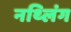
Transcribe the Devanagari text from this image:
नथ्लिंग